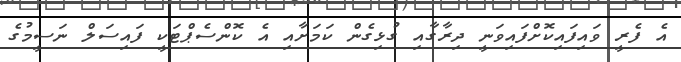
އެ ފެރީ ވައިފައިކޮށްފައިވަނީ ދިރާގާއި ގުޅިގެން ކަމަށާއި އެ ކޮންސެޕްޓަކީ ފައިސަލް ނަސީމުގެ